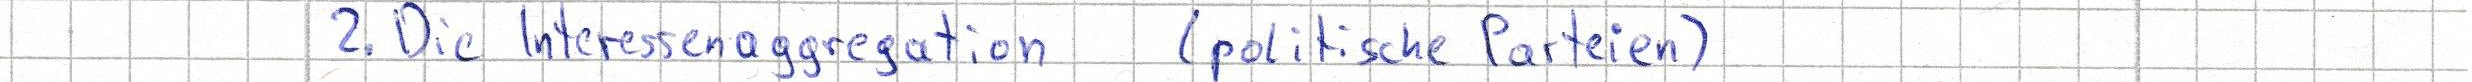
2. Die Interessenaggregation (politische Parteien)